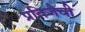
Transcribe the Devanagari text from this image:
प्रतिजैवी